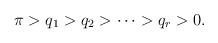
LaTeX: \begin{align*}\pi>q_1>q_2>\cdots>q_r>0.\end{align*}